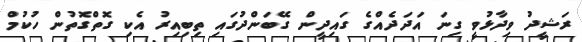
ރަޝީދު ވިދާޅުވީ ގިނަ އަދަދެއްގެ ގައިދީން ގޭބަންދުގައި ތިބިއިރު އެކި ގޮތްގޮތުން ހުކުމް